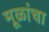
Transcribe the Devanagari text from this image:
मूळांचा